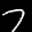
Label: 7